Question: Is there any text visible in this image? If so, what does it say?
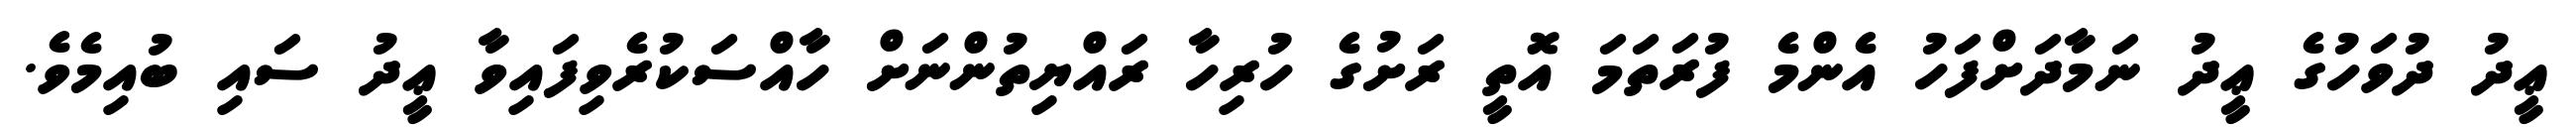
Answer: ޢީދު ދުވަހުގެ ޢީދު ނަމާދަށްފަހު އެންމެ ފުރަތަމަ އޮތީ ރަށުގެ ހުރިހާ ރައްޔިތުންނަށް ހާއްސަކުރެވިފައިވާ ޢީދު ސައި ބުއިމެވެ.